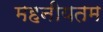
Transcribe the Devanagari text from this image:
महनीयतम